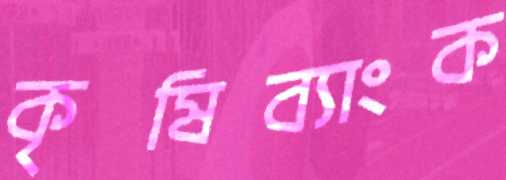
কৃষিব্যাংক